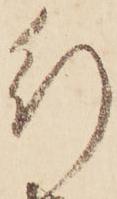
行